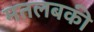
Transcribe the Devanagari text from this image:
मतलबकी